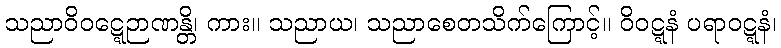
သညာဝိဝဋ္ဋေဉာဏန္တိ၊ ကား။ သညာယ၊ သညာစေတသိက်ကြောင့်။ ဝိဝဋ္ဋနံ ပရာဝဋ္ဋနံ၊